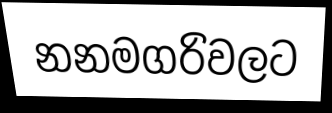
නනමගරිවලට